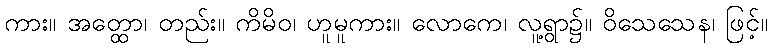
ကား။ အတ္ထော၊ တည်း။ ကိမိဝ၊ ဟူမူကား။ လောကေ၊ လူ့ရွာ၌။ ဝိသေသေန၊ ဖြင့်။